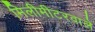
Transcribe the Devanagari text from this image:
मिलीमीटरवाले